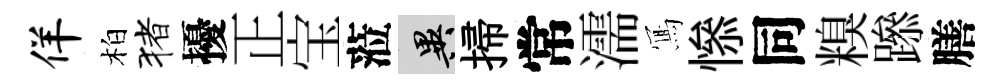
佯柏猪擾正宝蒞异掃常濡𭂁𢡖同糗𨅶膳